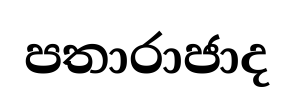
පතාරාජාද